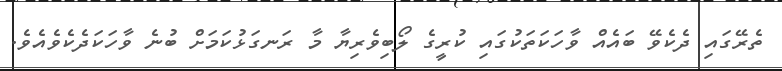
ތެރޭގައި ދެކެވޭ ބައެއް ވާހަކަތަކުގައި ކުރީގެ ލޯބިވެރިޔާ މާ ރަނގަޅުކަމަށް ބުނެ ވާހަކަދެކެވެއެވެ.